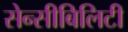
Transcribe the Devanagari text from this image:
सेन्सीबिलिटी